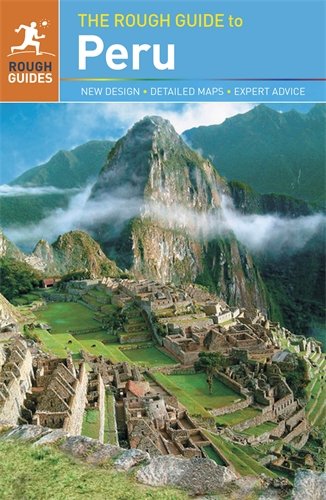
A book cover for The Rough Guide to Peru; Dilwyn Jenkins; Travel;